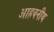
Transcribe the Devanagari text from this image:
आहवनीय